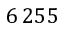
6 \, 2 5 5